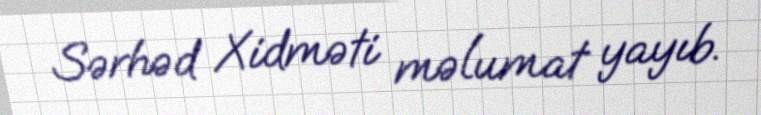
Sərhəd Xidməti məlumat yayıb.